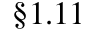
\S 1 . 1 1